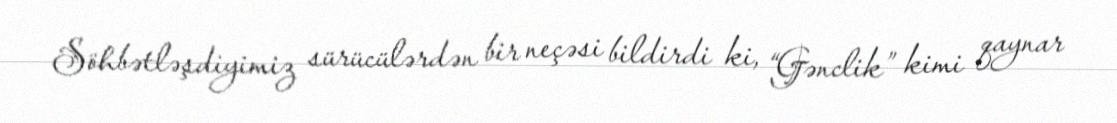
Söhbətləşdiyimiz sürücülərdən bir neçəsi bildirdi ki, “Gənclik” kimi qaynar